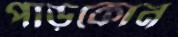
পাড়ুকোন